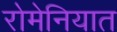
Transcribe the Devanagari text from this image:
रोमेनियात